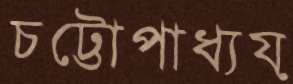
চট্টোপাধ্যয়